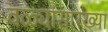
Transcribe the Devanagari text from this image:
वळ्यांसारख्या